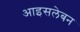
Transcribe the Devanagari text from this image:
आइसलेबन